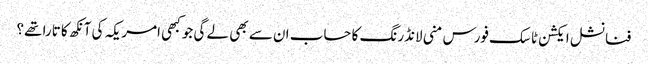
فنانشل ایکشن ٹاسک فورس منی لانڈرنگ کا حساب ان سے بھی لے گی جو کبھی امریکہ کی آنکھ کا تارا تھے؟